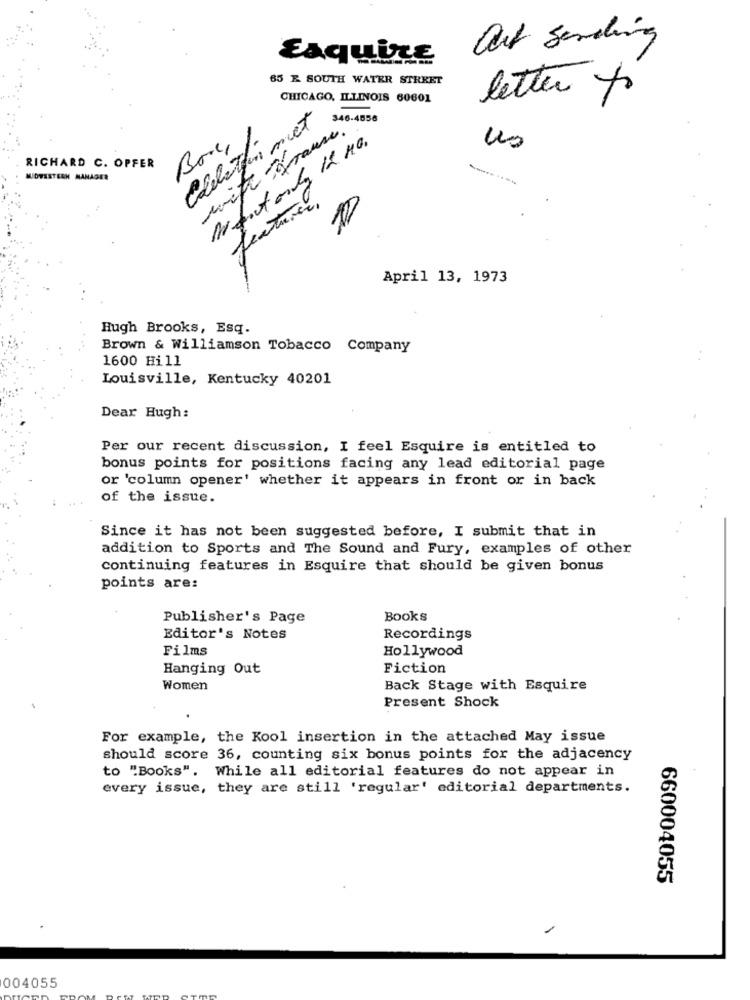
aut Sending
Esquire
65 E SOUTH WATER STREET
CHICAGO, ILLINOIS 60601
letter to
Edebettin met
346-4856
with grause.
Meat only IL MO.
us
RICHARD C. OPFER
MIDWESTERN MANAGER
features,
April 13, 1973
Hugh Brooks, Esq.
Brown & Williamson Tobacco Company
1600 Hill
Louisville, Kentucky 40201
Dear Hugh:
Per our recent discussion, I feel Esquire is entitled to
bonus points for positions facing any lead editorial page
or 'column opener' whether it appears in front or in back
of the issue.
Since it has not been suggested before, I submit that in
addition to Sports and The Sound and Fury, examples of other
continuing features in Esquire that should be given bonus
points are:
Publisher's Page
Books
Editor's Notes
Recordings
Films
Hollywood
Hanging Out
Fiction
Women
Back Stage with Esquire
Present Shock
For example, the Kool insertion in the attached May issue
should score 36, counting six bonus points for the adjacency
to "Books". While all editorial features do not appear in
every issue, they are still 'regular' editorial departments.
660004055
/
004055